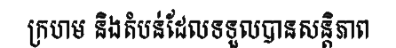
ក្រហម និងតំបន់ដែលទទួលបានសន្តិភាព